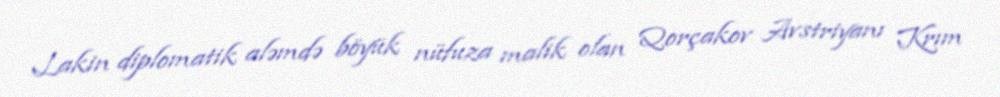
Lakin diplomatik aləmdə böyük nüfuza malik olan Qorçakov Avstriyanı Krım